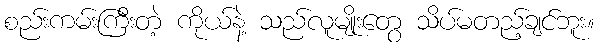
စည်းကမ်းကြီးတဲ့ ကိုယ်နဲ့ သည်လူမျိုးတွေ သိပ်မတည့်ချင်ဘူး။